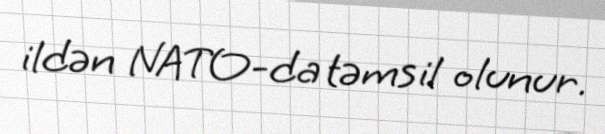
ildən NATO-da təmsil olunur.